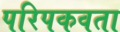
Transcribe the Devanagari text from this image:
परिपकवता